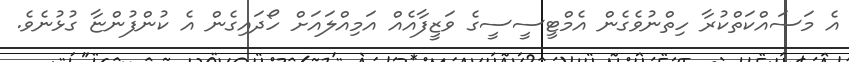
އެ މަސައްކަތްކުރާ ހިތްނުވެގެން އެމްޓީސީސީގެ ވަޒީފާއެއް އަމިއްލައަށް ހޯދައިގެން އެ ކުންފުންޏާ ގުޅުނެވެ.